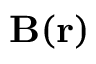
\mathbf { B } ( \mathbf { r } )